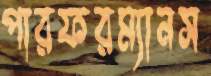
পারফরম্যানস